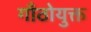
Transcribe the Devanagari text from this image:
गाँठोयुक्त